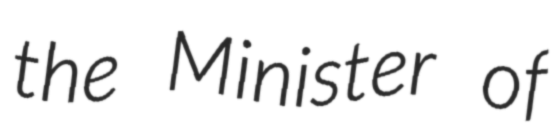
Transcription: the Minister of